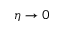
\eta \rightarrow 0